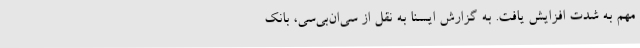
مهم به شدت افزایش یافت. به گزارش ایسنا به نقل از سی‌ان‌بی‌سی، بانک